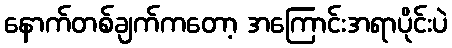
နောက်တစ်ချက်ကတော့ အကြောင်းအရာပိုင်းပဲ